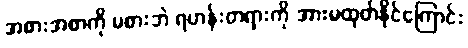
အစားအစာကို မစားဘဲ ရဟန်းတရားကို အားမထုတ်နိုင်ကြောင်း